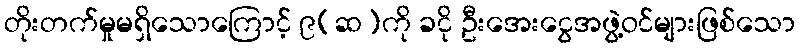
တိုးတက်မှုမရှိသောကြောင့် ၉(ဆ)ကို ခငို ဦးအေးငွေအဖွဲ့ဝင်များဖြစ်သော